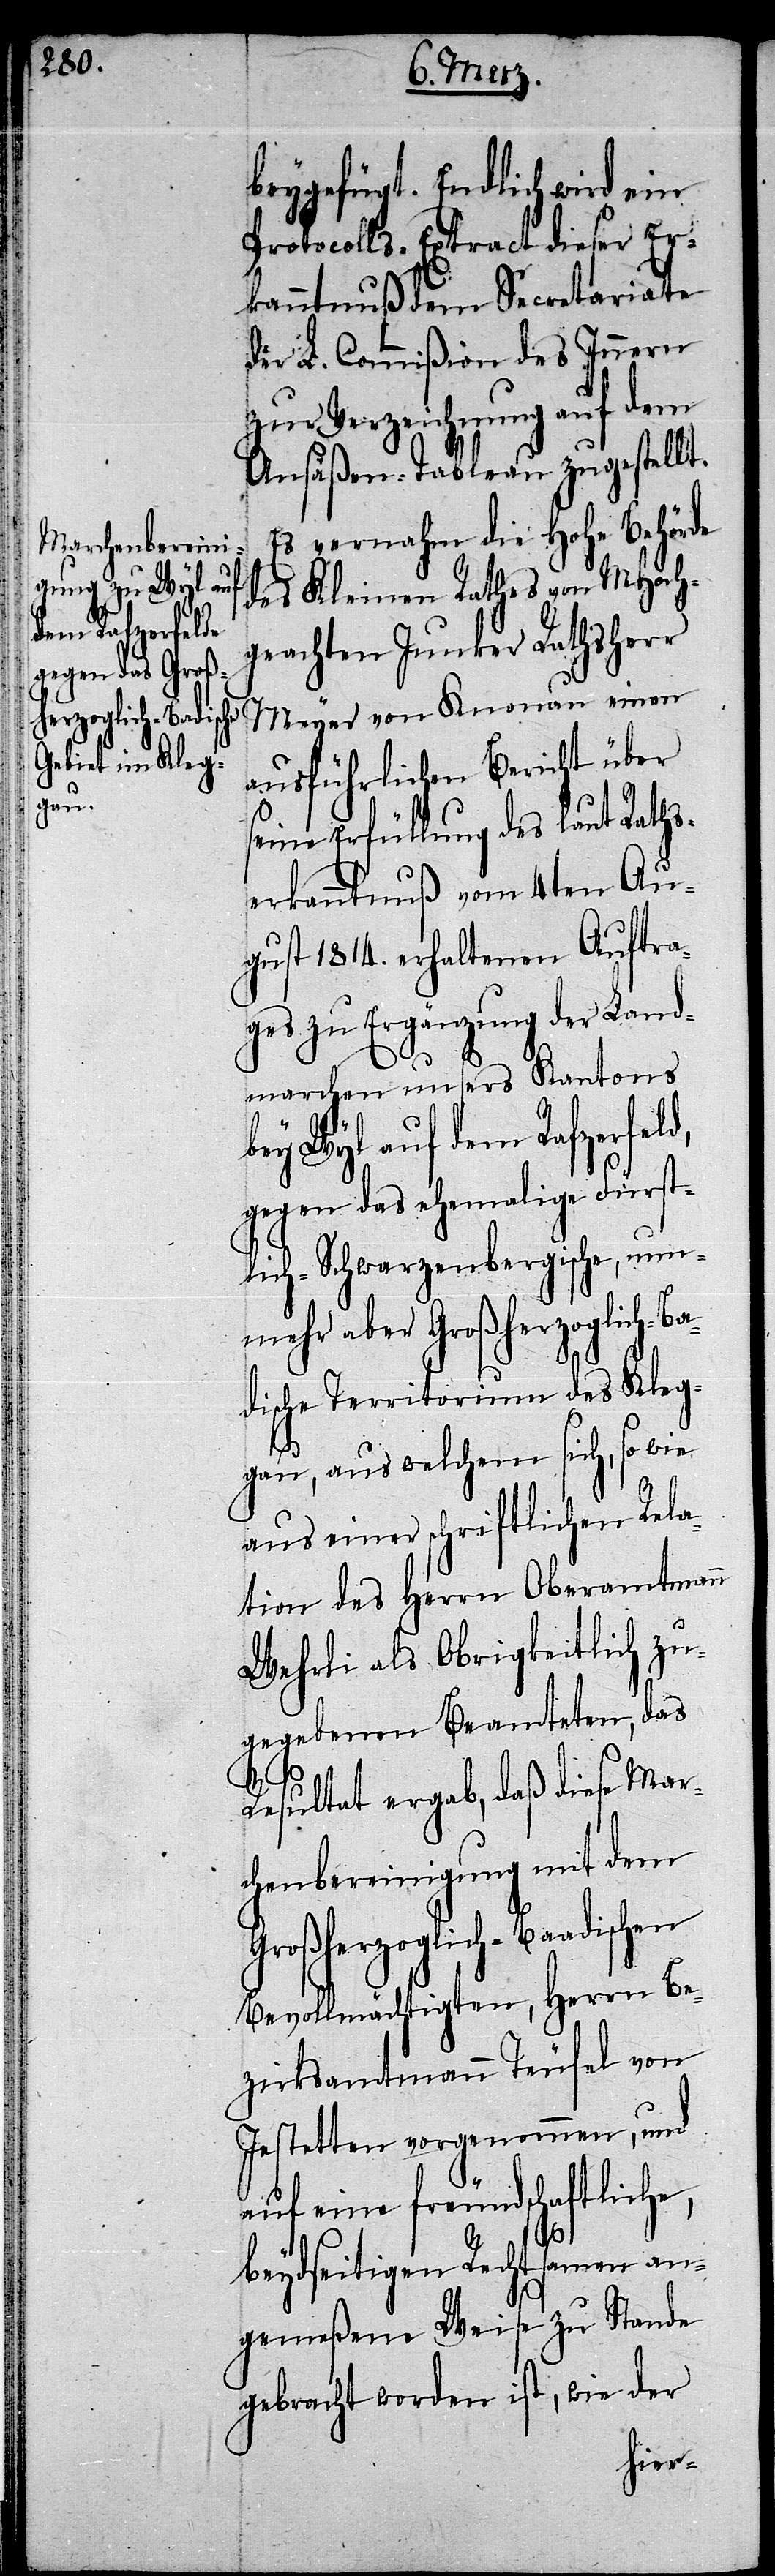
beygefügt. Endlich wird ein
Protocolls-Extract dieser Er¬
kanntnuß dem Secretariate
der L. Commißion des Innern
zur Verzeichnung auf dem
Ansäßen-Tableau zugestellt.
Es vernahm die Hohe Behörde
des Kleinen Rathes von MHoch¬
geachten Junker Rathsherr
Meyer von Knonau einen
ausführlichen Bericht über
seine Erfüllung des laut Raths¬
erkanntnuß vom 4ten Au¬
gust 1814. erhaltenen Auftra¬
ges zu Ergänzung der Land¬
marchen unsers Kantons
bey Wyl auf dem Rafzerfeld,
gegen das ehemalige Fürst¬
lich-Schwarzenbergische, nun¬
mehr aber Großherzoglich-B¬
adische Territorium des Kleg¬
gau, aus welchem sich, so wie
aus einer schriftlichen Rela¬
tion des Herrn Oberamtmann
Wehrli als Obrigkeitlich zu¬
gegebenen Beamteten, das
Resultat ergab, daß diese Mar¬
chenbereinigung mit dem
Großherzoglich-Baadischen
Bevollmächtigten, Herrn Be¬
zirksamtmann Teufel von
Jestetten vorgenommen, und
auf eine freundschaftliche,
beydseitigen Rechtsamen an¬
gemeßene Weise zu Stande
gebracht worden ist, wie der